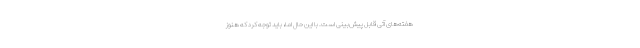
هفته‌های آتی قابل پیش‌بینی است. با این حال اما، باید توجه کرد که هنوز